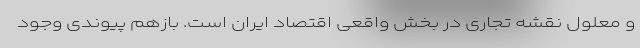
و معلول نقشه تجاری در بخش واقعی اقتصاد ایران است. بازهم پیوندی وجود